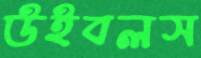
উইবলস